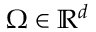
\Omega \in \mathbb { R } ^ { d }